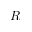
R